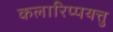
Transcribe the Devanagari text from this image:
कलारिप्पयत्तु